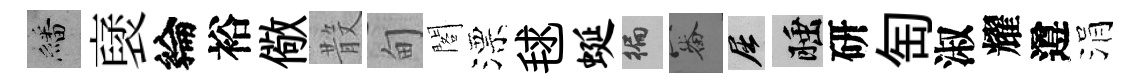
繙裦綸裕儆𣪚甸閣漂毬蜒徧審屈睡研匋淑耀遵涓